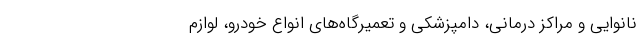
نانوایی و مراکز درمانی، دامپزشکی و تعمیرگاه‌های انواع خودرو، لوازم